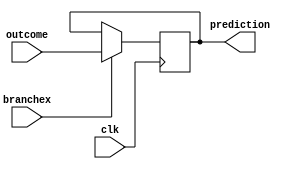
//2-Bit Predictor 
//table bits
//0	outcome prior to previous outcome
//1	previous outcome
//2	previous prediction


module Branch_Predictor1bit(
  input clk, //timing
  input branchex, // branch confirmation from EX register
  input outcome, // branch outcome
  output reg prediction // 2-bit prediction for 2^2 = 4 entries
);

 reg [2:0] table1; // 4-entry 2-bit counter table
initial begin
table1 <= 3'b000;
prediction <= 0;
end									// index into the table using the least significant bits of the PC
											// take the two least significant bits to index into 2^2 = 4 table entries
											// we use bit-wise AND with 2'b11 to extract the two least significant bits
    

 always @(posedge clk) begin



if (branchex)begin
prediction <= outcome;

end


  end
endmodule